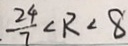
\frac { 2 4 } { 7 } \angle R < 8